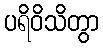
ပရိဝိသိတွာ